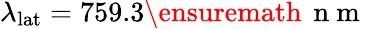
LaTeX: \lambda_{\textrm{lat}}=759.3\ensuremath{\, \mathrm{~n~m~}}